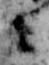
々